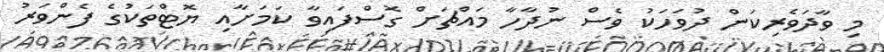
މި ވާދަވެރިކަން ދުވަހަކު ވެސް ނުދާހާ މައްޗަށް ގޮސްފައިވާ ކަމަށާއި ޔޮޓްތަކުގެ ފެންވަރު